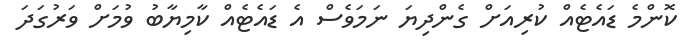
ކޮންމެ ޑައެޓެއް ކުރިއަށް ގެންދިޔަ ނަމަވެސް އެ ޑައެޓެއް ކާމިޔާބު ވުމަށް ވަރުގަދަ